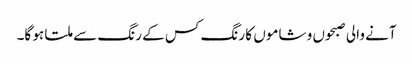
آنے والی صبحوں و شاموں کا رنگ کس کے رنگ سے ملتا ہو گا۔